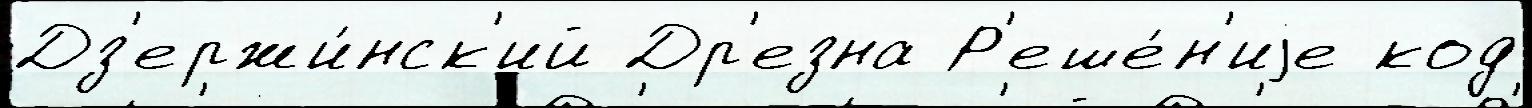
Дз'ержи́нск'ий Др'езна Р'еше́н'иjе код